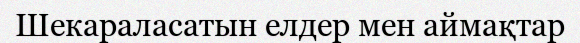
Шекараласатын елдер мен аймақтар